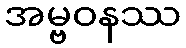
အမ္ဗဝနဿ